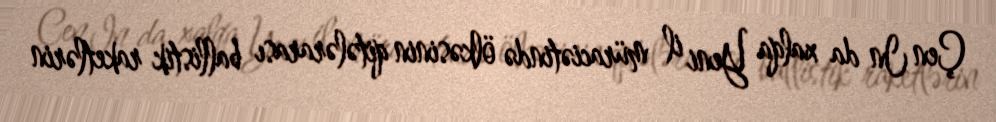
Çen In da xalqa Yeni il müraciətində ölkəsinin qitələrarası ballistik raketlərin